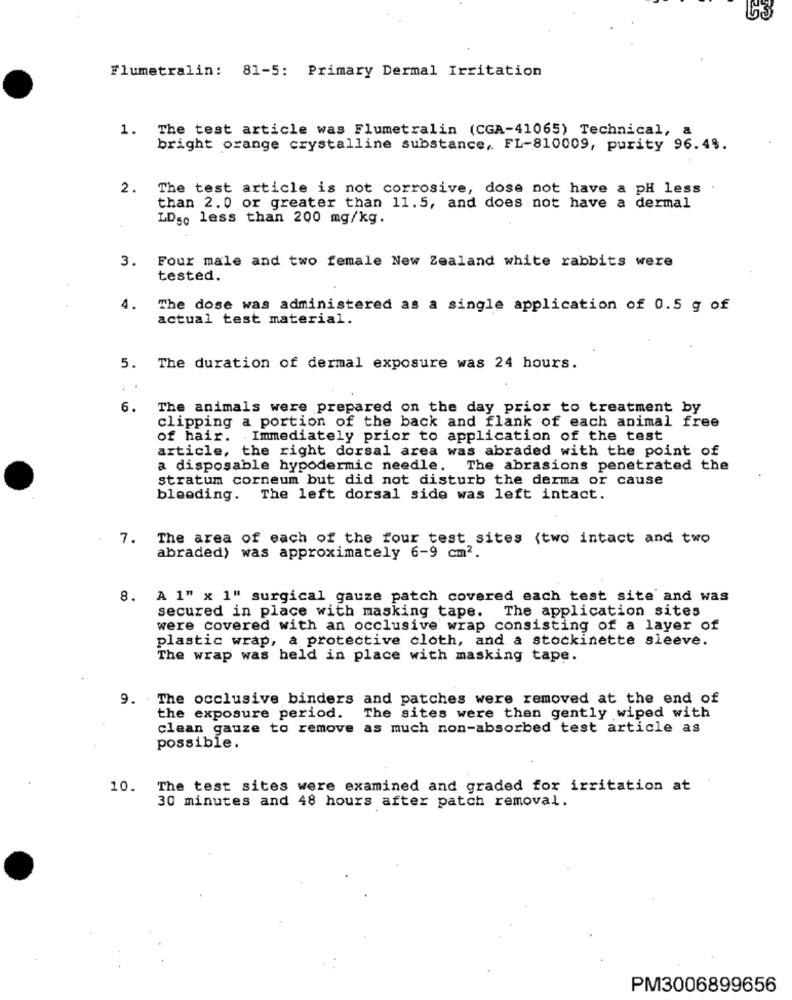
Flumetralin: 81-5: Primary Dermal Irritation
1. The test article was Flumetralin (CGA-41065) Technical, a
bright orange crystalline substance, FL-810009, purity 96.4%.
2.
The test article is not corrosive, dose not have a pH less
than 2.0 or greater than 11.5, and does not have a dermal
LD50 less than 200 mg/kg.
3. Four male and two female New Zealand white rabbits were
tested.
4.
The dose was administered as a single application of 0.5 g of
actual test material.
5. The duration of dermal exposure was 24 hours.
6.
The animals were prepared on the day prior to treatment by
clipping a portion of the back and flank of each animal free
of hair. Immediately prior to application of the test
article, the right dorsal area was abraded with the point of
a disposable hypodermic needle. The abrasions penetrated the
stratum corneum but did not disturb the derma or cause
bleeding. The left dorsal side was left intact.
7. The area of each of the four test sites (two intact and two
abraded) was approximately 6-9 cm2.
8. A 1" x 1" surgical gauze patch covered each test site' and was
secured in place with masking tape. The application sites
were covered with an occlusive wrap consisting of a layer of
plastic wrap, a protective cloth, and a stockinette sleeve.
The wrap was held in place with masking tape.
9. The occlusive binders and patches were removed at the end of
the exposure period.
The sites were then gently wiped with
clean gauze to remove as much non-absorbed test article as
possible.
10. The test sites were examined and graded for irritation at
30 minutes and 48 hours after patch removal.
PM3006899656